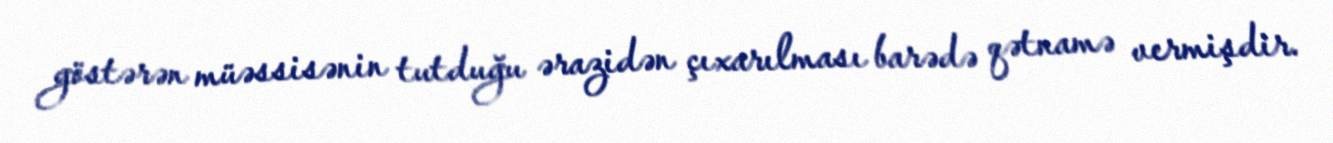
göstərən müəssisənin tutduğu ərazidən çıxarılması barədə qətnamə vermişdir.